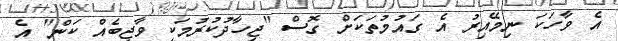
އެ ވާހަކަ ނިމޭއިރު އެ ގައުމުތަކަށް ގޮސް "ޖިހާދުކުރުމަކީ ވާޖިބެއް ކަން" އެ